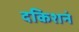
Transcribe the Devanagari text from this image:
दकिशनं